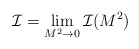
\begin{align*}{\cal I} = \lim_{M^2 \rightarrow 0} {\cal I}(M^2)\end{align*}